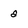
Character: 2